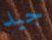
جيد